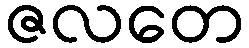
ဇလတေ